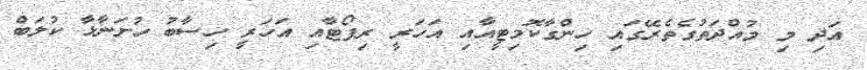
އަދި މި މުއްދަތުގެތެރޭގައި ހިންގާކޮމިޓީއާއި އަހަރީ ރިޕޯޓާއި އަހަރީ ހިސާބު ހުށަނާޅާ ކުލަބް